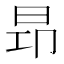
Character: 昻